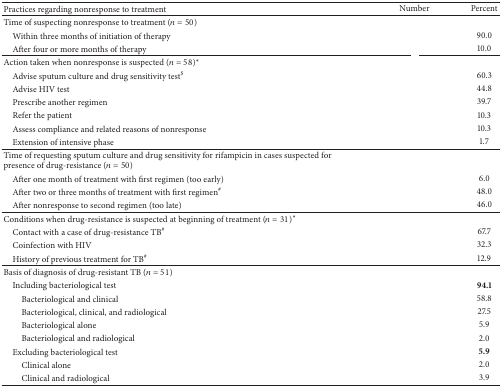
<table><thead><tr><td><b>Practices regarding nonresponse to treatment</b></td><td><b>Number</b></td><td><b>Percent</b></td></tr></thead><tbody><tr><td>Time of suspecting nonresponse to treatment (<i>n</i> = 50)</td><td>[EMPTY_CELL]</td><td>[EMPTY_CELL]</td></tr><tr><td> Within three months of initiation of therapy</td><td>[EMPTY_CELL]</td><td>90.0</td></tr><tr><td> After four or more months of therapy</td><td>[EMPTY_CELL]</td><td>10.0</td></tr><tr><td>Action taken when nonresponse is suspected (<i>n</i> = 58)<sup><i>∗</i></sup></td><td>[EMPTY_CELL]</td><td>[EMPTY_CELL]</td></tr><tr><td> Advise sputum culture and drug sensitivity test<sup>$</sup></td><td>[EMPTY_CELL]</td><td>60.3</td></tr><tr><td> Advise HIV test</td><td>[EMPTY_CELL]</td><td>44.8</td></tr><tr><td> Prescribe another regimen </td><td>[EMPTY_CELL]</td><td>39.7</td></tr><tr><td> Refer the patient</td><td>[EMPTY_CELL]</td><td>10.3</td></tr><tr><td> Assess compliance and related reasons of nonresponse</td><td>[EMPTY_CELL]</td><td>10.3</td></tr><tr><td> Extension of intensive phase</td><td>[EMPTY_CELL]</td><td>1.7</td></tr><tr><td>Time of requesting sputum culture and drug sensitivity for rifampicin in cases suspected for presence of drug-resistance (<i>n</i> = 50)</td><td>[EMPTY_CELL]</td><td>[EMPTY_CELL]</td></tr><tr><td> After one month of treatment with first regimen (too early)</td><td>[EMPTY_CELL]</td><td>6.0</td></tr><tr><td> After two or three months of treatment with first regimen<sup>#</sup></td><td>[EMPTY_CELL]</td><td>48.0</td></tr><tr><td> After nonresponse to second regimen (too late)</td><td>[EMPTY_CELL]</td><td>46.0</td></tr><tr><td>Conditions when drug-resistance is suspected at beginning of treatment (<i>n</i> = 31)<sup><i>∗</i></sup></td><td>[EMPTY_CELL]</td><td>[EMPTY_CELL]</td></tr><tr><td> Contact with a case of drug-resistance TB<sup>#</sup></td><td>[EMPTY_CELL]</td><td>67.7</td></tr><tr><td> Coinfection with HIV</td><td>[EMPTY_CELL]</td><td>32.3</td></tr><tr><td> History of previous treatment for TB<sup>#</sup></td><td>[EMPTY_CELL]</td><td>12.9</td></tr><tr><td>Basis of diagnosis of drug-resistant TB (<i>n</i> = 51)</td><td>[EMPTY_CELL]</td><td>[EMPTY_CELL]</td></tr><tr><td> Including bacteriological test</td><td>[EMPTY_CELL]</td><td><b>94.1</b></td></tr><tr><td>Bacteriological and clinical</td><td>[EMPTY_CELL]</td><td>58.8</td></tr><tr><td>Bacteriological, clinical, and radiological</td><td>[EMPTY_CELL]</td><td>27.5</td></tr><tr><td>Bacteriological alone</td><td>[EMPTY_CELL]</td><td>5.9</td></tr><tr><td>Bacteriological and radiological</td><td>[EMPTY_CELL]</td><td>2.0</td></tr><tr><td> Excluding bacteriological test</td><td>[EMPTY_CELL]</td><td><b>5.9</b></td></tr><tr><td>Clinical alone</td><td>[EMPTY_CELL]</td><td>2.0</td></tr><tr><td>Clinical and radiological</td><td>[EMPTY_CELL]</td><td>3.9</td></tr></tbody></table>